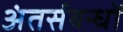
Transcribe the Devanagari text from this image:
अंतर्सबन्धों